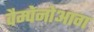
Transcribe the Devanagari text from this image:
वैम्पेनोआग